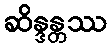
ဆိန္ဒန္တဿ